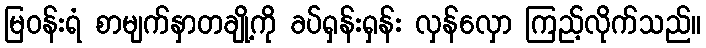
မြဝန်းရံ စာမျက်နှာတချို့ကို ခပ်ရှန်းရှန်း လှန်လှော ကြည့်လိုက်သည်။